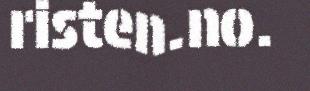
risten.no.